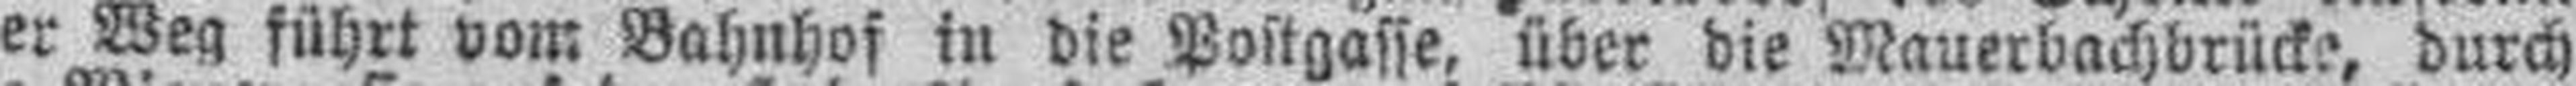
Der Weg führt vom Bahnhof in die Postgasse, über die Mauerbachbrücke, durch